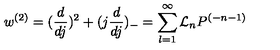
w ^ { ( 2 ) } = ( \frac { d } { d j } ) ^ { 2 } + ( j \frac { d } { d j } ) _ { - } = \sum _ { l = 1 } ^ { \infty } { \cal L } _ { n } P ^ { ( - n - 1 ) }